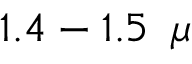
1 . 4 - 1 . 5 ~ \, \mu